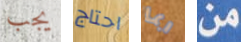
يجب احتاج ربما من